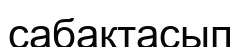
сабақтасып